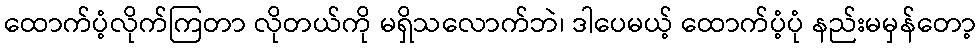
ထောက်ပံ့လိုက်ကြတာ လိုတယ်ကို မရှိသလောက်ဘဲ၊ ဒါပေမယ့် ထောက်ပံ့ပုံ နည်းမမှန်တော့